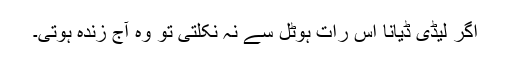
اگر لیڈی ڈیانا اس رات ہوٹل سے نہ نکلتی تو وہ آج زندہ ہوتی۔